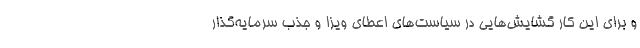
و برای این‌ کار گشایش‌هایی در سیاست‌های اعطای ویزا و جذب سرمایه‌گذار